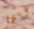
غاغا